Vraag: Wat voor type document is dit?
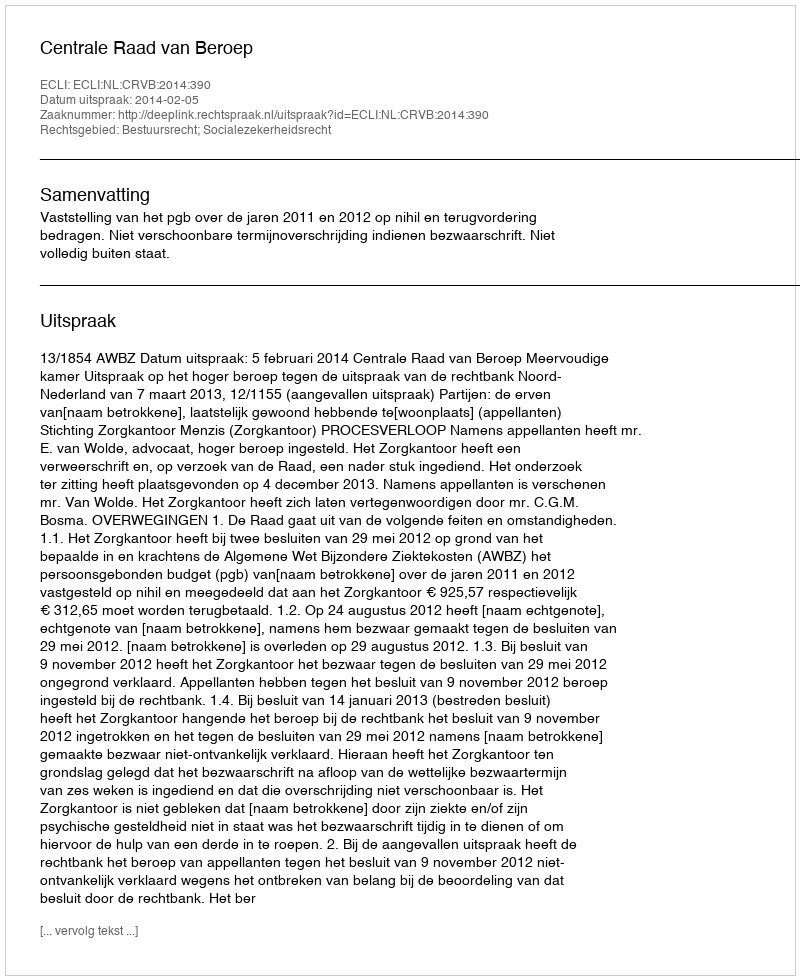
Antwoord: Uitspraak